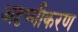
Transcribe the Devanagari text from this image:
अदृष्यीकरण